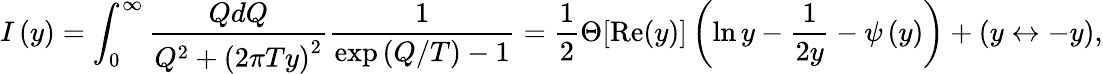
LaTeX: I\left(y\right)=\int_{0}^{\infty}\frac{QdQ}{Q^{2}+\left(2\pi Ty\right)^{2}}\frac 1{\exp\left(Q/T\right)-1}=\frac 12\Theta[\mathrm{Re}(y)]\left(\ln y-\frac 1{2y}-\psi\left(y\right)\right)+(y\leftrightarrow-y),